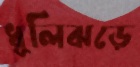
ধূলিঝড়ে